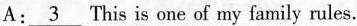
A:\underline{3} This is one of my family rules.